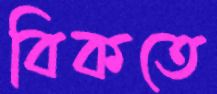
বিকতে